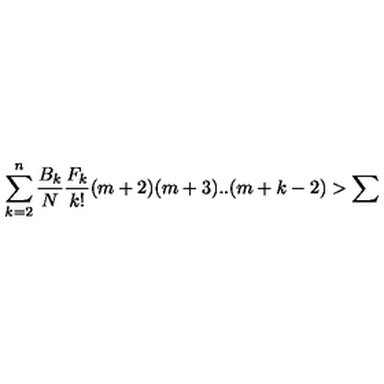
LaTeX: \sum _ { k = 2 } ^ { n } \frac { B _ { k } } { N } \frac { F _ { k } } { k ! } ( m + 2 ) ( m + 3 ) . . ( m + k - 2 ) > \sum